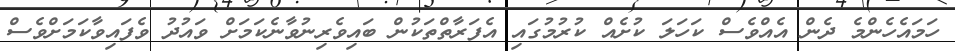
ހަމައެހެންމެ ދެން އެއްވެސް ކަހަލަ ކުށެއް ކުރުމުގައި އެފަރާތްތަކުން ބައިވެރިނުވާނެކަމަށް ވައުދު ވެފައިވާކަމަށްވެސް